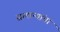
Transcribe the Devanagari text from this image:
सामान्यांचा